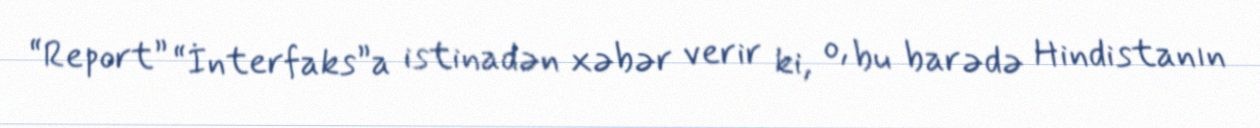
“Report” “İnterfaks”a istinadən xəbər verir ki, o, bu barədə Hindistanın